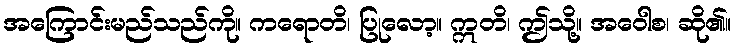
အကြောင်းမည်သည်ကို။ ကရောတိ၊ ပြုလော့။ ဣတိ၊ ဤသို့။ အဝေါစ၊ ဆို၏။